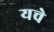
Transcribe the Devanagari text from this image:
यचे